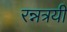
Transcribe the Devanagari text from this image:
रन्नत्रयी